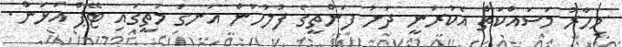
މިހާރު މަސައްކަތް އެކުރަނީ ދަށު ފަންތީގެ ފުލުހުން އަނގަ މަތީގައި ޓޭޕް އަޅަން.